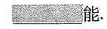
___能.